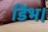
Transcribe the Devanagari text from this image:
डिंभ।